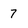
Character: 7